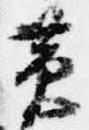
黄